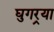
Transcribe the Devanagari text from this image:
घुगर्‍या